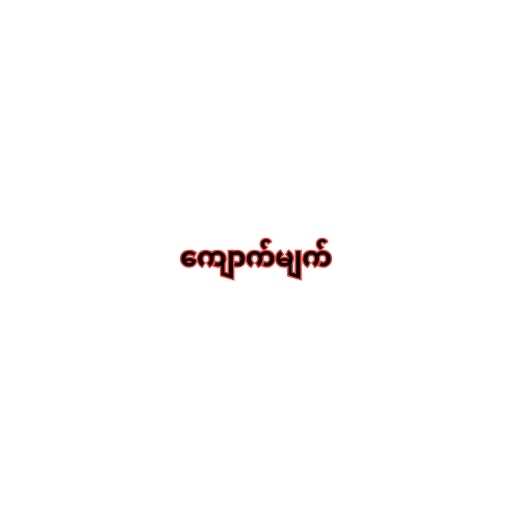
ကျောက်မျက်